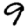
Digit: 9